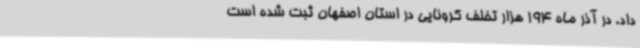
داد. در آذر ماه 194 هزار تخلف کرونایی در استان اصفهان ثبت شده است